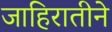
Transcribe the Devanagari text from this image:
जाहिरातीने